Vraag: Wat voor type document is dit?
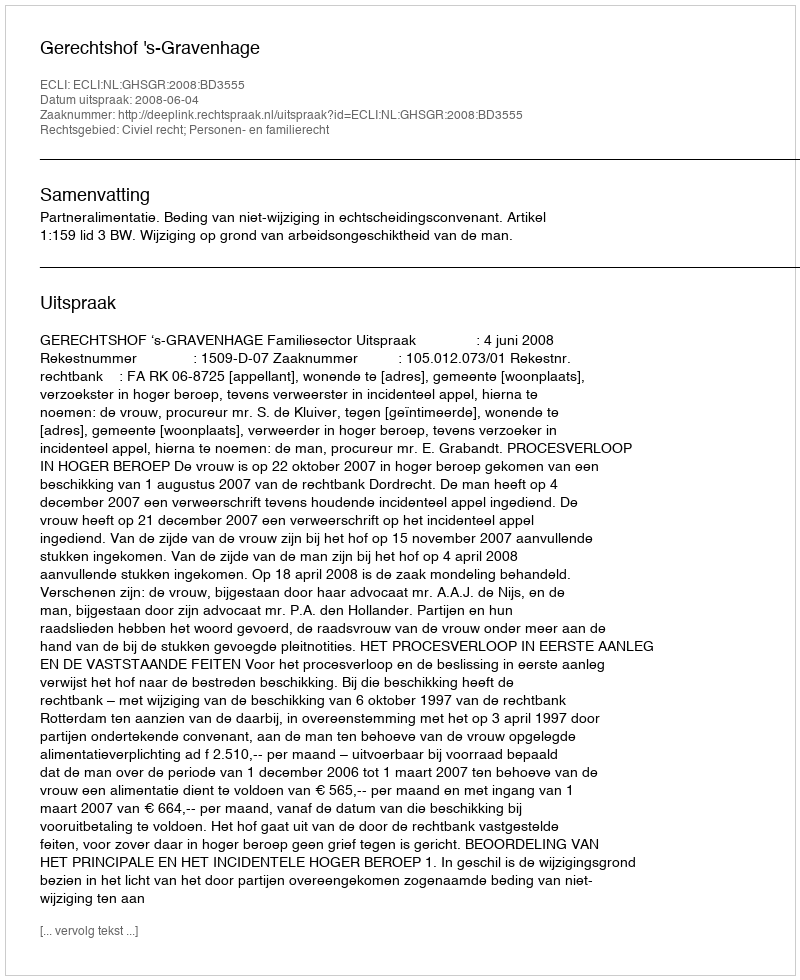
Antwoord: Uitspraak